Annual report on the Civil Veterinary Department, Burma (including the Insein Veterinary School) - 1910-1922
Year: 1910
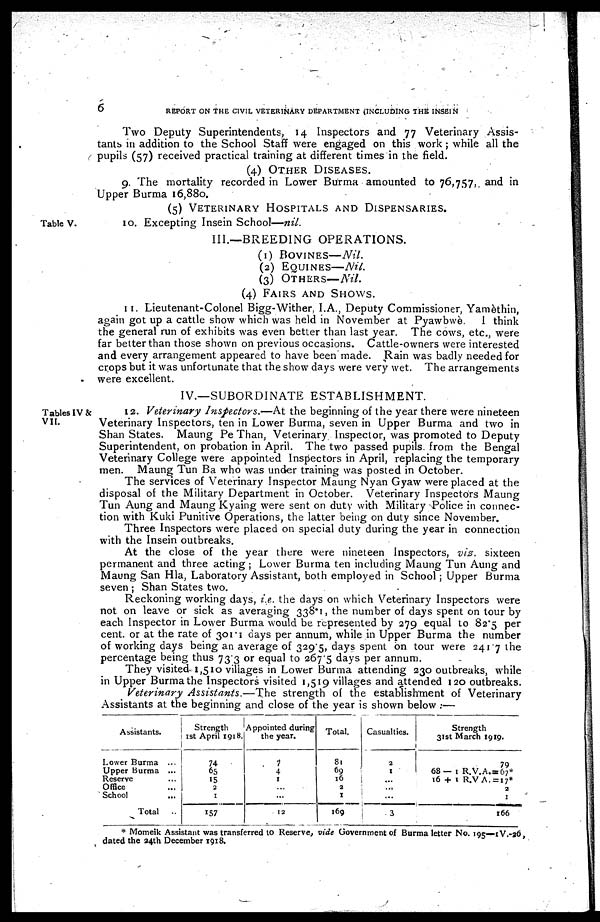
6
REPORT ON THE CIVIL VETERINARY DEPARTMENT (INCLUDING THE INSEIN
Two Deputy Superintendents, 14 Inspectors and 77 Veterinary Assis-
tants in addition to the School Staff were engaged on this work; while all the
pupils (57) received practical training at different times in the field.
(4) OTHER DISEASES.
9. The mortality recorded in Lower Burma amounted to 76,757 and in
Upper Burma 16,880.
(5) VETERINARY HOSPITALS AND DISPENSARIES.
Table V.
10. Excepting Insein School—nil.
III.—BREEDING OPERATIONS.
(1) BOVINES—Nil.
(2) EQUINES—Nil.
(3) OTHER—Nil.
(4) FAIRS AND SHOWS.
11. Lieutenant-Colonel Bigg-Wither, I.A., Deputy Commissioner, Yamèthin,
again got up a cattle show which was held in November at Pyawbwè. 1 think
the general run of exhibits was even better than last year. The cows, etc., were
far better than those shown on previous occasions. Cattle-owners were interested
and every arrangement appeared to have been made. Rain was badly needed for
crops but it was unfortunate that the show days were very wet. The arrangements
were excellent.
IV.—SUBORDINATE ESTABLISHMENT.
Tables IV &
VII.
12. Veterinary Inspectors.—At the beginning of the year there were nineteen
Veterinary Inspectors, ten in Lower Burma, seven in Upper Burma and two in
Shan States. Maung Pe Than, Veterinary Inspector, was promoted to Deputy
Superintendent, on probation in April. The two passed pupils from the Bengal
Veterinary College were appointed Inspectors in April, replacing the temporary
men. Maung Tun Ba who was under training was posted in October.
The services of Veterinary Inspector Maung Nyan Gyaw were placed at the
disposal of the Military Department in October. Veterinary Inspectors Maung
Tun Aung and Maung Kyaing were sent on duty with Military Police in connec-
tion with Kuki Punitive Operations, the latter being on duly since November.
Three Inspectors were placed on special duty during the year in connection
with the Insein outbreaks.
At the close of the year there were nineteen Inspectors, viz. sixteen
permanent and three acting; Lower Burma ten including Maung Tun Aung and
Maung San Hla, Laboratory Assistant, both employed in School; Upper Burma
seven; Shan States two.
Reckoning working days, i.e. the days on which Veterinary Inspectors were
not on leave or sick as averaging 338.1, the number of days spent on tour by
each Inspector in Lower Burma would be represented by 279 equal to 82.5 per
cent. or at the rate of 301.1 days per annum, while in Upper Burma the number
of working days being an average of 3295, days spent on tour were 241.7 the
percentage being thus 733 or equal to 267.5 days per annum.
They visited 1,510 villages in Lower Burma attending 230 outbreaks, while
in Upper Burma the Inspectors visited 1,519 villages and attended 120 outbreaks.
Veterinary Assistants.—The strength of the establishment of Veterinary
Assistants at the beginning and close of the year is shown below:—
Assistants.
Lower Burma ...
Upper Burma ...
Reserve ...
Office ...
School ...
Total ...
Strength
1st April 1918.
74
65
15
2
1
157
Appointed during
the year.
1
4
1
...
...
12
Total.
81
69
16
2
1
169
Casualties.
2
1
...
...
...
3
Strength
31st March 1919.
79
68— 1 R.V.A.=67*
16 + 1 R.V.A. = 17*
2
1
166
* Momeik Assistant was transferred to Reserve, vide Government of Burma letter No. 195—1V.-26,
dated the 24th December 1918.